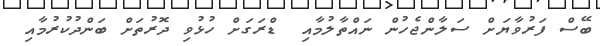
ބޭސް ފަރުވާޔަށް ސަލާންޖެހުން ނައްތާލުމާއި  ޑްރަގަށް ހުޅުވި ދޮރުތަށް ބަންދުކުރުމާއި